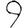
Digit: 9